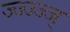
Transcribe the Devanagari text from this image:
ज्ज्ज्ज्ज्